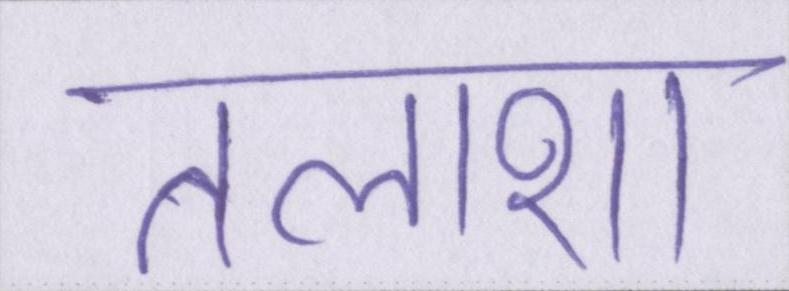
तलाशा